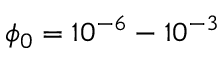
\phi _ { 0 } = 1 0 ^ { - 6 } - 1 0 ^ { - 3 }